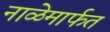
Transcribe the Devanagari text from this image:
नाळेमार्फत